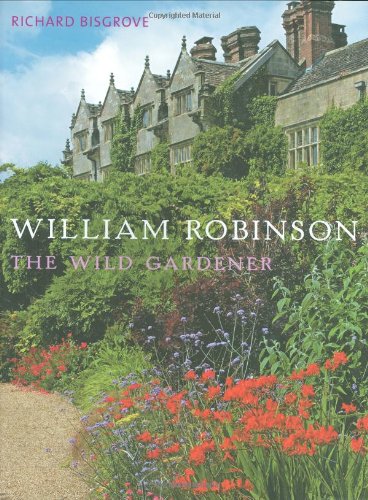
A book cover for William Robinson: The Wild Gardener; Richard Bisgrove; Crafts, Hobbies & Home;